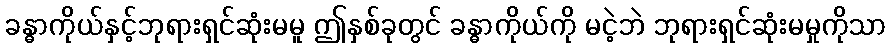
ခန္ဓာကိုယ်နှင့်ဘုရားရှင်ဆုံးမမူ ဤနှစ်ခုတွင် ခန္ဓာကိုယ်ကို မငဲ့ဘဲ ဘုရားရှင်ဆုံးမမှုကိုသာ